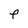
Character: F